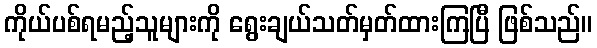
ကိုယ်ပစ်ရမည့်သူများကို ရွေးချယ်သတ်မှတ်ထားကြပြီ ဖြစ်သည်။